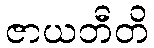
ဇာယတီတိ